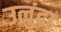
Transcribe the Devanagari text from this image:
उलुंदा